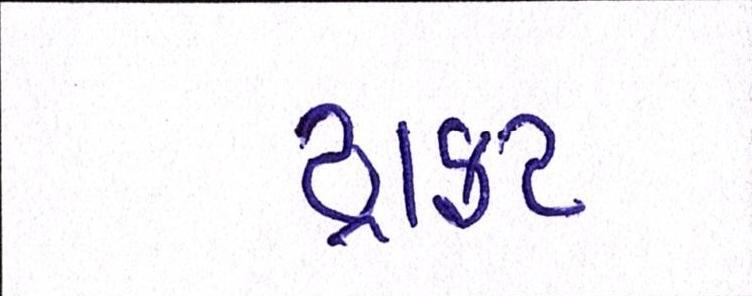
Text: ડ્રાફ્ટ